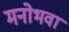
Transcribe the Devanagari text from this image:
मनोभवा